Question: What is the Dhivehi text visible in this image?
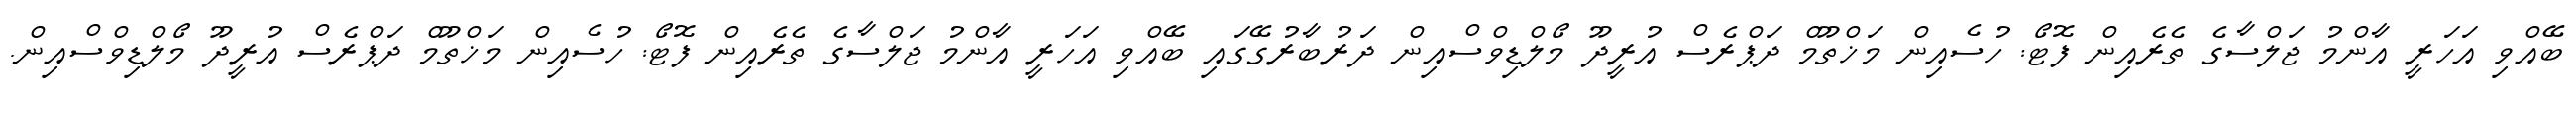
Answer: ބޭއްވި އަހަރީ އާންމު ޖަލްސާގެ ތެރެއިން ފޮޓޯ: ހުސެއިން މަޚްތޫމް ދަޕްރެސް އުރީދޫ މޯލްޑިވްސްއިން ދަރުބާރުގޭގައި ބޭއްވި އަހަރީ އާންމު ޖަލްސާގެ ތެރެއިން ފޮޓޯ: ހުސެއިން މަޚްތޫމް ދަޕްރެސް އުރީދޫ މޯލްޑިވްސްއިން.